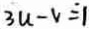
3 u - v = 1